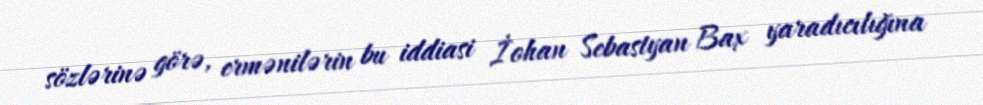
sözlərinə görə, ermənilərin bu iddiasi İohan Sebastyan Bax yaradıcılığına